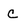
Character: C